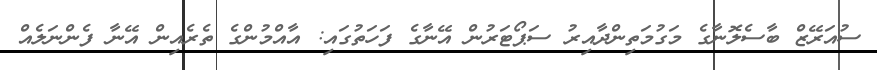
ސުއަރޭޒް ބާސެލޮނާގެ މަގުމަތިންދާއިރު ސަޕޯޓަރުން އޭނާގެ ފަހަތުގައި: އާއްމުންގެ ތެރެއިން އޭނާ ފެންނަލެއް